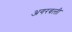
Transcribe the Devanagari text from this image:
अगरबत्‍ती